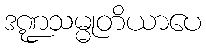
ဒဏ္ဍသမ္မုတိယာပေ